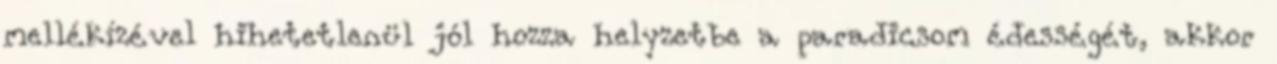
mellékízével hihetetlenül jól hozza helyzetbe a paradicsom édességét, akkor